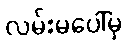
လမ်းမပေါ်မှ